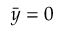
\bar { y } = 0